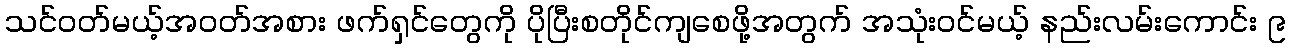
သင်ဝတ်မယ့်အဝတ်အစား ဖက်ရှင်တွေကို ပိုပြီးစတိုင်ကျစေဖို့အတွက် အသုံးဝင်မယ့် နည်းလမ်းကောင်း ၉